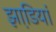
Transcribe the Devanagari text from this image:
झाडि़यां